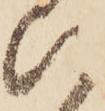
ひ